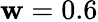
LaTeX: \mathbf{w}=0.6